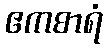
ဧကစာရံ